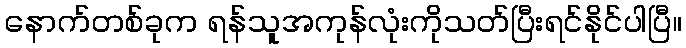
နောက်တစ်ခုက ရန်သူအကုန်လုံးကိုသတ်ပြီးရင်နိုင်ပါပြီ။